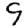
Digit: 9